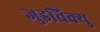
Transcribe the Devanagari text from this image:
जुइचिक्यु